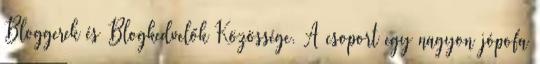
Bloggerek és Blogkedvelők Közössége. A csoport egy nagyon jópofa